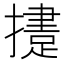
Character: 𢶝